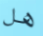
هل